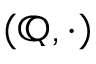
\left( \mathbb { Q } , \cdot \right)